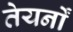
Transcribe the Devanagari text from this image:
तेयर्नों